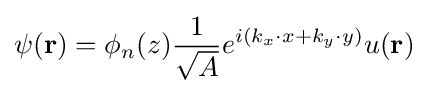
\psi (\mathbf {r} )=\phi _{n}(z){\frac {1}{\sqrt {A}}}e^{i(k_{x}\cdot {x}+k_{y}\cdot {y})}u(\mathbf {r} )